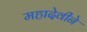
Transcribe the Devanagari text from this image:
महादेवीने